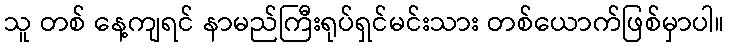
သူ တစ် နေ့ကျရင် နာမည်ကြီးရုပ်ရှင်မင်းသား တစ်ယောက်ဖြစ်မှာပါ။